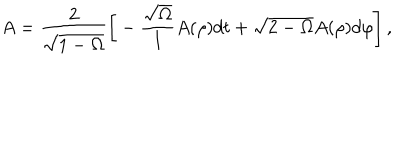
A = \frac { 2 } { \sqrt { 1 - \Omega } } { \biggl [ } - \frac { \sqrt { \Omega } } { l } A ( \rho ) d t + \sqrt { 2 - \Omega } A ( \rho ) d \varphi { \biggr ] } \, ,